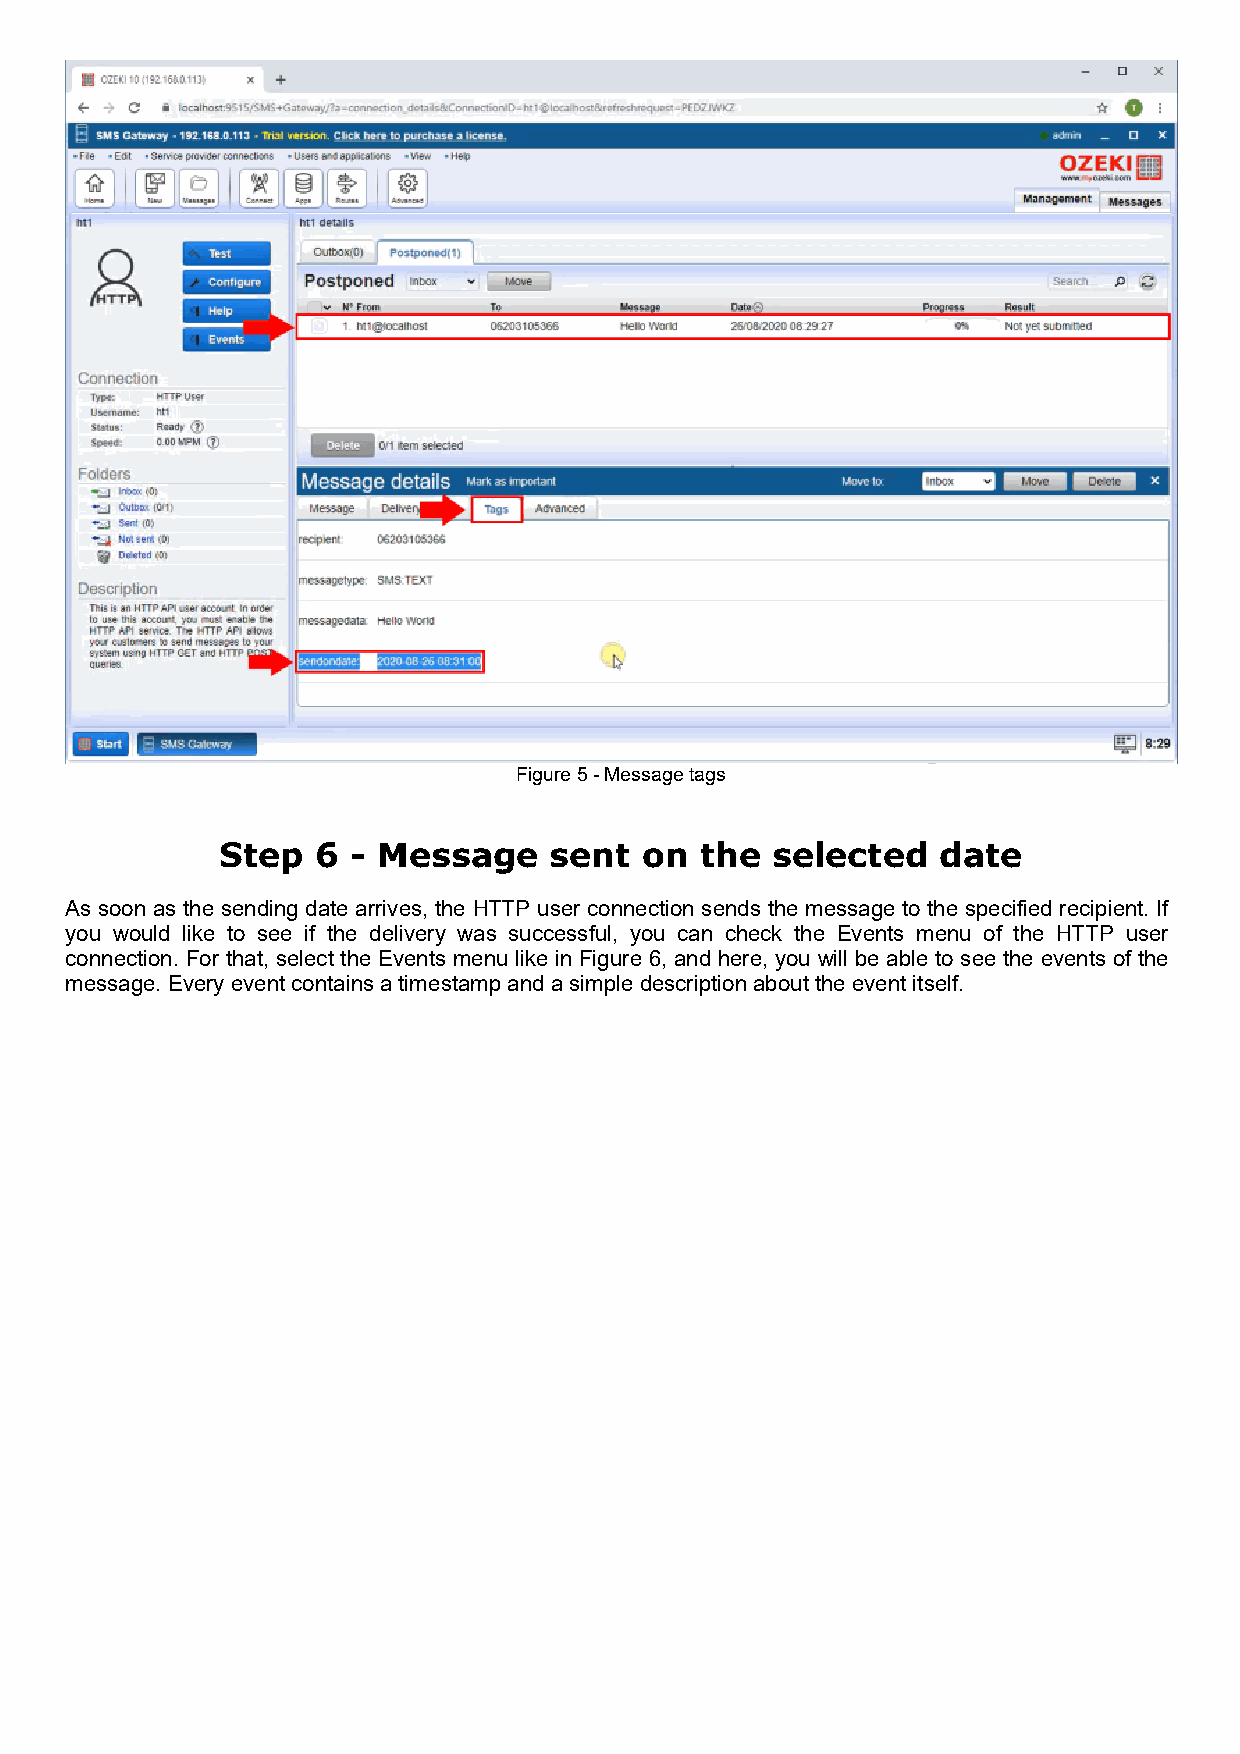
Figure 5 - Message tags
 Step  6 - Message    sent   on the  selected   date
 As soon as the sending date arrives, the HTTP user connection sends the message to the specified recipient. If
 you would like to see if the delivery was successful, you can check the Events menu of the HTTP user
 connection. For that, select the Events menu like in Figure 6, and here, you will be able to see the events of the
 message. Every event contains a timestamp and a simple description about the event itself.